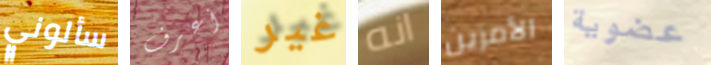
سألوني أعرف غير انه الأمرين عضوية